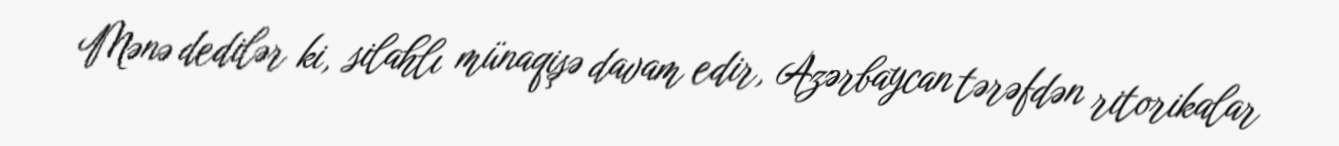
Mənə dedilər ki, silahlı münaqişə davam edir, Azərbaycan tərəfdən ritorikalar